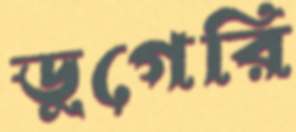
ডুগেরি